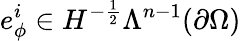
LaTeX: e_{\phi}^{i}\in H^{-\frac{1}{2}}\Lambda^{n-1}(\partial\Omega)